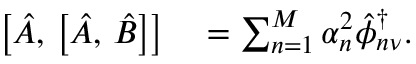
\begin{array} { r l } { \bigl [ \hat { A } , \, \bigl [ \hat { A } , \, \hat { B } \bigr ] \bigr ] } & { { } = \sum _ { n = 1 } ^ { M } \alpha _ { n } ^ { 2 } \hat { \phi } _ { n \nu } ^ { \dagger } . } \end{array}